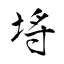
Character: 埓